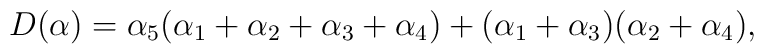
D(\alpha)=\alpha_5(\alpha_1+\alpha_2+\alpha_3+\alpha_4)+ (\alpha_1+\alpha_3)(\alpha_2+\alpha_4),